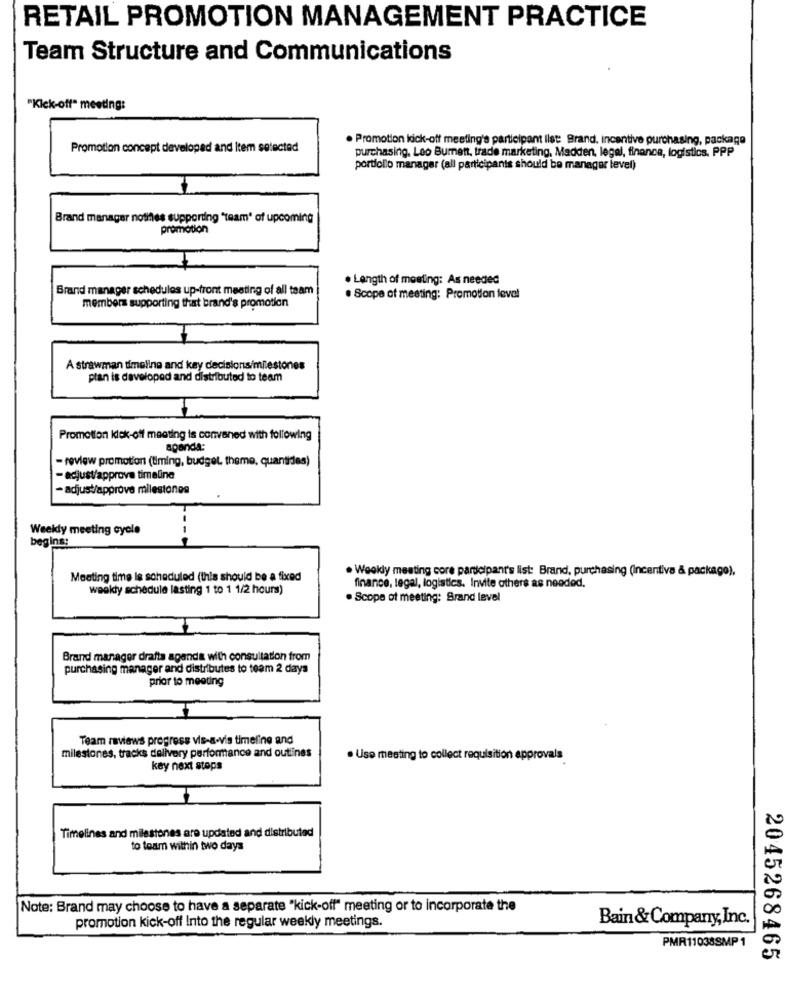
RETAIL PROMOTION MANAGEMENT PRACTICE
Team Structure and Communications
"Kick-off" meeting:
. Promotion kick-off meeting's participant ilst: Brand, incentive purchasing, package
Promotion concept developed and Item selected
purchasing. Leo Burnett, trade marketing, Madden, legal, finance, logistics. PPP
portfolio manager (all participants should be manager level)
Brand manager notifies supporting "team' of upcoming
promotion
. Length of meeting: As needed
Brand manager schedules up-front meeting of all team
. Scope at meeting: Promotion leval
members supporting that brand's promotion
A strawman timeline and kay decisions/milestones
plan is developed and distributed to team
Promotion klok-off meeting is convened with following
agenda:
- review promotion (timing, budget, theme, quantides)
- adjust/approve timeline
- adjust/approve milestones
Weekly meeting cycle
begins:
· Weekly meating core participant's list: Brand, purchasing (Incentiva & package),
Meeting time is scheduled (this should be a fixed
weekly schedule lasting 1 to 1 1/2 hours)
finance, legal, logistics. Invite others as needed.
. Scope of meeting: Brand level
Brand manager drafts agenda with consultation from
purchasing manager and distributes to team 2 days
prior to meeting
Team reviews progress vis-a-vis timeline and
milestones, tracks delivery performance and outlines
· Use meeting to collect requisition approvals
key next steps
Timelines and milestones are updated and distributed
to toam within two days
Note: Brand may choose to have a separate "kick-off" meeting or to incorporate the
promotion kick-off Into the regular weekly meetings.
Bain & Company, Inc.
PMR11038SMP 1
2045268465